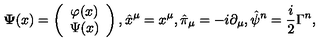
{ \bf \Psi } ( x ) = \left( \begin{array} { c } { \varphi ( x ) } \\ { \Psi ( x ) } \\ \end{array} \right) , \hat { x } ^ { \mu } = x ^ { \mu } , \hat { \pi } _ { \mu } = - i \partial _ { \mu } , \hat { \psi } ^ { n } = \frac { i } { 2 } \Gamma ^ { n } ,